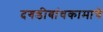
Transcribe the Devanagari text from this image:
दगडीबांधकामाचे